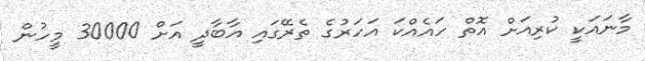
މާނައަކީ ކުރިއަށް އޮތް ހައެއްކަ އަހަރުގެ ތެރޭގައި އާބާދީ އަށް 30000 މީހުން